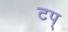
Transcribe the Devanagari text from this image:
टप्